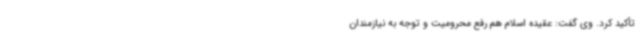
تأکید کرد. وی گفت: عقیده اسلام هم رفع محرومیت و توجه به نیازمندان